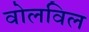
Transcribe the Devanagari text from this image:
वोलविल